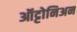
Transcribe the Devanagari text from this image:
ऑट्टोनिअन